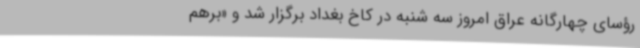
رؤسای چهارگانه عراق امروز سه شنبه در کاخ بغداد برگزار شد و «برهم